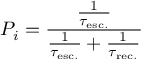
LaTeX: P _ { i } = { \frac { \frac { 1 } { \tau _ { \mathrm { e s c . } } } } { { \frac { 1 } { \tau _ { \mathrm { e s c . } } } } + { \frac { 1 } { \tau _ { \mathrm { r e c . } } } } } }